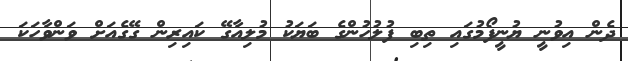
ދެން އިވުނީ ޔުނީފޯމުގައި ތިބި ފުލުހުންގެ ބަަޔަކު މުލިއާގޭ ކައިރިން ގޭގެއަށް ވަންވާހަކަ